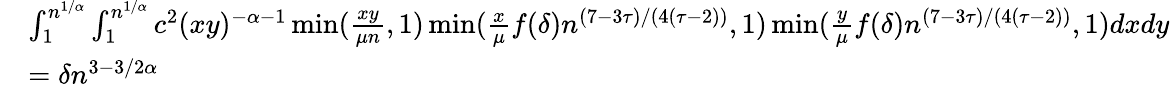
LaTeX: \begin{array}{rl}&{\int_{1}^{n^{1/\alpha}}\int_{1}^{n^{1/\alpha}}c^{2}(xy)^{-\alpha-1}\operatorname*{min}(\frac{xy}{\mu n},1)\operatorname*{min}(\frac{x}{\mu}f(\delta)n^{(7-3\tau)/(4(\tau-2))},1)\operatorname*{min}(\frac{y}{\mu}f(\delta)n^{(7-3\tau)/(4(\tau-2))},1)dxdy}\\ &{=\delta n^{3-3/2\alpha}}\end{array}